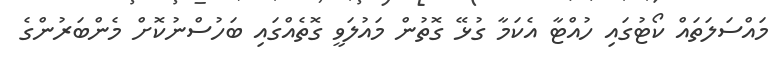
މައްސަލަތައް ކޯޓުގައި ހުއްޓާ އެކަމާ ގުޅޭ ގޮތުން މައުލަވީ ގޮތެއްގައި ބަހުސްނުކޮށް މެންބަރުންގެ